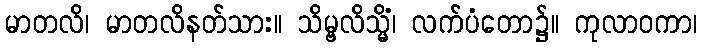
မာတလိ၊ မာတလိနတ်သား။ သိမ္ဗလိသ္မိံ၊ လက်ပံတော၌။ ကုလာဝကာ၊